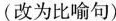
(改为比喻句)